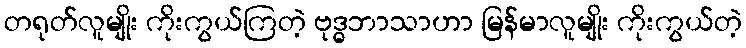
တရုတ်လူမျိုး ကိုးကွယ်ကြတဲ့ ဗုဒ္ဓဘာသာဟာ မြန်မာလူမျိုး ကိုးကွယ်တဲ့